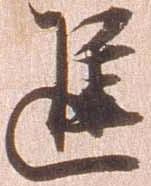
進